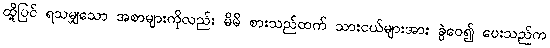
ထို့ပြင် ရသမျှသော အစာများကိုလည်း မိမိ စားသည်ထက် သားငယ်များအား ခွဲဝေ၍ ပေးသည်က